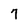
Character: 7